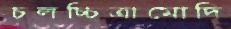
চলচ্চিত্রামোদি